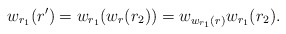
\begin{align*} w_{r_1}(r')=w_{r_1}(w_{r}(r_2))=w_{w_{r_1}(r)}w_{r_1}(r_2).\end{align*}